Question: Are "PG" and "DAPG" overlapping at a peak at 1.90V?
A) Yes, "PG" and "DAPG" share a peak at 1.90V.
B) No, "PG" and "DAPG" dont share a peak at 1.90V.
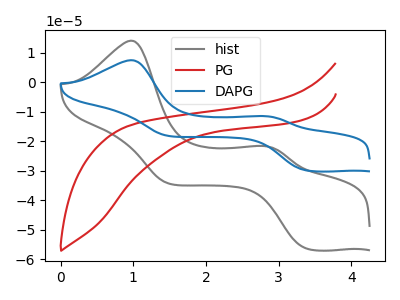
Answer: <think>The gray curve "hist" has anodic peaks at (0.95V, 14.10uA) (2.80V, -21.65uA) and cathodic peaks at (3.35V, -56.35uA) (1.50V, -34.30uA). The red curve "PG" has no peaks. The blue curve "DAPG" has anodic peaks at (0.95V, 7.50uA) (2.80V, -11.50uA) and cathodic peaks at (3.35V, -29.90uA) (1.50V, -18.20uA).</think>
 <answer>B) No, "PG" and "DAPG" dont share a peak at 1.90V.</answer>
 <eval>B</eval>